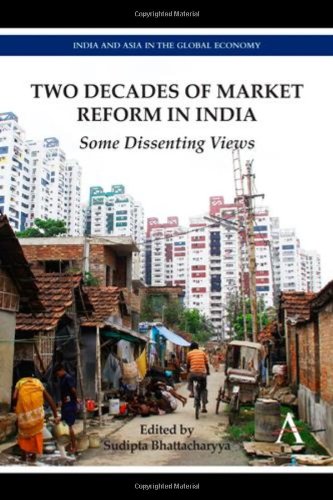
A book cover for Two Decades of Market Reform in India: Some Dissenting Views (India and Asia in the Global Economy); Business & Money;